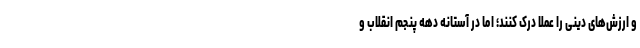
و ارزش‌های دینی را عملاً درک کنند؛ اما در آستانه دهه پنجم انقلاب و